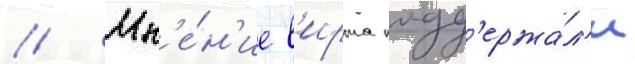
// Мн'е́н'ие в'ирта подд'ержа́л'и